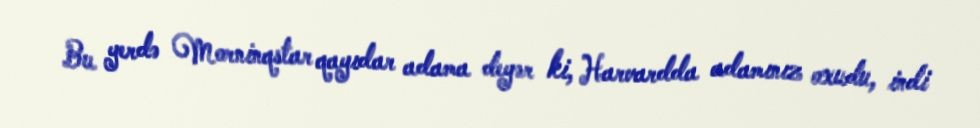
Bu yerdə Morninqstar qayıdar adama deyər ki, Harvardda adamınız oxudu, indi